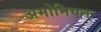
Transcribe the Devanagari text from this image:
अमोनियन